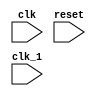

//----------------------------------------------------------------------------------------
module lc_3b_processor(clk,reset,clk_1);//r8
input clk,reset,clk_1;//use 128 as depth not 128
wire [15:0] IR;
wire N, Z, P;
wire   [4:0] StateID;
wire   Mux1;
wire   [1:0] Mux2;
wire   [2:0] Mux3;
wire   [1:0] Mux4;
wire   [1:0] Mux5;
wire   [1:0] Mux6;
wire   [1:0] Mux7;
wire   Mux11;
wire   wrf;
wire   wpc;
wire   wir;
wire   lccr;
wire   [1:0] aluop;
wire   [1:0] alushop;
wire   wmem;
 wire wa,wb, lalu;
wire [15:0]ALUreg_wire,ALU_out_wire;
wire [15:0]A_out_wire,B_out_wire,PC_out_wire;
wire[15:0]outir;
datapath d1(.reset(reset),.clk(clk),.IR(IR),.N(N), .P(P), .Z(Z), .Mux1(Mux1), .Mux2(Mux2), .Mux3(Mux3), .Mux4(Mux4),
 .Mux5(Mux5), .Mux6(Mux6), .Mux7(Mux7), .Mux11(Mux11), .wrf(wrf), .wpc(wpc), .wir(wir), .lccr(lccr), .aluop(aluop),
 .alushop(alushop), .wmem(wmem), .ALUreg_wire(ALUreg_wire), .A_out_wire(A_out_wire), .B_out_wire(B_out_wire), 
 .PC_out_wire(PC_out_wire), .ALU_out_wire(ALU_out_wire),.wa(wa),.wb(wb), .lalu(lalu),.outir(outir));
 
controller c1(.reset(reset),.clk(clk), .IR(IR), .N(N), .Z(Z), .P(P), .StateID(StateID), .Mux1(Mux1), .Mux2(Mux2), .Mux3(Mux3),
 .Mux4(Mux4), .Mux5(Mux5), .Mux6(Mux6), .Mux7(Mux7), .Mux11(Mux11), .wrf(wrf), .wpc(wpc), .wir(wir), 
 .lccr(lccr), .aluop(aluop), .alushop(alushop), .wmem(wmem),.wa(wa),.wb(wb), .lalu(lalu));

 endmodule
 
 
 
 
 
 
 
 
module controller(reset,clk, IR, N, Z, P, StateID, Mux1, Mux2, Mux3, Mux4, Mux5, Mux6, Mux7, Mux11, wrf, wpc, wir,wa,wb, lccr, aluop, alushop, wmem, nextStateID, lalu);	// Implements the designed controller for LC-3b.
input [15:0] IR;
input clk, N, Z, P,reset;
output reg [4:0] StateID;
output reg Mux1;
output reg [1:0] Mux2;
output reg [2:0] Mux3;
output reg [1:0] Mux4;
output reg [1:0] Mux5;
output reg [1:0] Mux6;
output reg [1:0] Mux7;
output reg Mux11;
output reg wrf;
output reg wpc;
output reg wir;
output reg wa;
output reg wb;
output reg lalu;
output reg lccr;
output reg [1:0] aluop;
output reg [1:0] alushop;
output reg wmem;
output reg [4:0] nextStateID;
always@(*) begin


case(StateID)
1: begin
Mux1 = 1'b1;
Mux2 = 2'b11;
Mux3 = 3'b111;
Mux4 = 2'b01;
Mux5 = 2'b01;
Mux6 = 2'b10;
Mux7 = 2'b10;
Mux11 = 1'b1;

wrf = 1'b1;
wpc = ~|IR;
wir = 1'b0;
lccr = 1'b1;
aluop = 2'b00;
alushop = 2'b11;
wmem = 1'b1;
wa = 1'b1;
wb = 1'b1;
lalu = 1'b1;
end
2: begin
Mux1 = 1'b1;
Mux2 = 2'b11;
Mux3 = 3'b111;
Mux4 = 2'b11;
Mux5 = 2'b11;
Mux6 = 2'b11;
Mux7 = 2'b11;
Mux11 = 1'b1;

wrf = 1'b1;
wpc = 1'b1;
wir = 1'b1;
lccr = 1'b1;
aluop = 2'b11;
alushop = 2'b11;
wmem = 1'b1;
wa = 1'b0;
wb = 1'b0;
lalu = 1'b1;
end
3: begin
Mux1 = 1'b1;
Mux2 = 2'b11;
Mux3 = 3'b111;
Mux4 = 2'b00;
Mux5 = 2'b00;
Mux6 = 2'b11;
Mux7 = 2'b11;
Mux11 = 1'b1;
 
wrf = 1'b1;
wpc = 1'b1;
wir = 1'b1;
lccr = 1'b0;
aluop = {IR[15], IR[14]};
alushop = {IR[5], IR[4]};
wmem = 1'b1;
wa = 1'b1;
wb = 1'b1;
lalu = 1'b0;
end
4: begin
Mux1 = 1'b1;
Mux2 = 2'b01;
Mux3 = 3'b111;
Mux4 = 2'b11;
Mux5 = 2'b11;
Mux6 = 2'b11;
Mux7 = 2'b11;
Mux11 = 1'b0;
 
wrf = 1'b0;
wpc = 1'b1;
wir = 1'b1;
lccr = 1'b1;
aluop = 2'b11;
alushop = 2'b11;
wmem = 1'b1;
wa = 1'b1;
wb = 1'b1;
lalu = 1'b1;
end
5: begin
Mux1 = 1'b1;
Mux2 = 2'b11;
Mux3 = 3'b010;
Mux4 = 2'b01;
Mux5 = 2'b11;
Mux6 = 2'b00;
Mux7 = 2'b11;
Mux11 = 1'b1;
 
wrf = 1'b1;
wpc = 1'b0;
wir = 1'b1;
lccr = 1'b1;
aluop = 2'b00;
alushop = 2'b11;
wmem = 1'b1;
wa = 1'b1;
wb = 1'b1;
lalu = 1'b1;
end
6: begin
Mux1 = 1'b1;
Mux2 = 2'b11;
Mux3 = 3'b111;
Mux4 = 2'b11;
Mux5 = 2'b11;
Mux6 = 2'b11;
Mux7 = 2'b11;
Mux11 = 1'b1;
 
wrf = 1'b1;
wpc = 1'b0;
wir = 1'b1;
lccr = 1'b1;
aluop = 2'b11;
alushop = 2'b11;
wmem = 1'b1;
wa = 1'b1;
wb = 1'b1;
lalu = 1'b1;
end
7: begin
Mux1 = 1'b1;
Mux2 = 2'b10;
Mux3 = 3'b111;
Mux4 = 2'b11;
Mux5 = 2'b11;
Mux6 = 2'b11;
Mux7 = 2'b11;
Mux11 = 1'b1;
 
wrf = 1'b0;
wpc = 1'b1;
wir = 1'b1;
lccr = 1'b1;
aluop = 2'b11;
alushop = 2'b11;
wmem = 1'b1;
wa = 1'b1;
wb = 1'b1;
lalu = 1'b1;
end
8: begin
Mux1 = 1'b1;
Mux2 = 2'b11;
Mux3 = 3'b000;
Mux4 = 2'b01;
Mux5 = 2'b11;
Mux6 = 2'b01;
Mux7 = 2'b11;
Mux11 = 1'b1;
 
wrf = 1'b1;
wpc = 1'b0;
wir = 1'b1;
lccr = 1'b1;
aluop = 2'b00;
alushop = 2'b11;
wmem = 1'b1;
wa = 1'b1;
wb = 1'b1;
lalu = 1'b1;
end
9: begin
Mux1 = 1'b1;
Mux2 = 2'b11;
Mux3 = 3'b100;
Mux4 = 2'b00;
Mux5 = 2'b11;
Mux6 = 2'b11;
Mux7 = 2'b11;
Mux11 = 1'b1;
 
wrf = 1'b1;
wpc = 1'b1;
wir = 1'b1;
lccr = 1'b1;
aluop = 2'b00;
alushop = 2'b11;
wmem = 1'b1;
wa = 1'b1;
wb = 1'b1;
lalu = 1'b0;
end
10: begin
Mux1 = 1'b0;
Mux2 = 2'b11;
Mux3 = 3'b111;
Mux4 = 2'b11;
Mux5 = 2'b11;
Mux6 = 2'b11;
Mux7 = 2'b11;
Mux11 = 1'b1;

wrf = 1'b1;
wpc = 1'b1;
wir = 1'b1;
lccr = 1'b1;
aluop = 2'b11;
alushop = 2'b11;
wmem = 1'b1;
wa = 1'b0;
wb = 1'b1;
lalu = 1'b1;
end
11: begin
Mux1 = 1'b1;
Mux2 = 2'b11;
Mux3 = 3'b111;
Mux4 = 2'b11;
Mux5 = 2'b11;
Mux6 = 2'b11;
Mux7 = 2'b01;	
Mux11 = 1'b1;
 
wrf = 1'b1;
wpc = 1'b1;
wir = 1'b1;
lccr = 1'b1;
aluop = 2'b11;
alushop = 2'b11;
wmem = 1'b0;
wa = 1'b1;
wb = 1'b1;
lalu = 1'b1;
end
12:begin
Mux1 = 1'b1;
Mux2 = 2'b11;
Mux3 = 3'b001;
Mux4 = 2'b00;
Mux5 = 2'b11;
Mux6 = 2'b11;
Mux7 = 2'b11;
Mux11 = 1'b1;
 
wrf = 1'b1;
wpc = 1'b1;
wir = 1'b1;
lccr = 1'b1;
aluop = 2'b00;
alushop = 2'b11;
wmem = 1'b1;
wa = 1'b1;
wb = 1'b1;
lalu = 1'b0;
end

13:begin
Mux1 = 1'b1;
Mux2 = 2'b11;
Mux3 = 3'b111;
Mux4 = 2'b11;
Mux5 = 2'b11;
Mux6 = 2'b11;
Mux7 = 2'b01;
Mux11 = 1'b1;
 
wrf = 1'b1;
wpc = 1'b1;
wir = 1'b1;
lccr = 1'b1;
aluop = 2'b11;
alushop = 2'b11;
wmem = 1'b1;
wa = 1'b1;
wb = 1'b1;
lalu = 1'b1;
end
14:begin
Mux1 = 1'b1;
Mux2 = 2'b00;
Mux3 = 3'b111;
Mux4 = 2'b10;
Mux5 = 2'b10;
Mux6 = 2'b11;
Mux7 = 2'b01;
Mux11 = 1'b0;
 
wrf = 1'b0;
wpc = 1'b1;
wir = 1'b1;
lccr = 1'b0;
aluop = 2'b00;
alushop = 2'b11;
wmem = 1'b1;
wa = 1'b1;
wb = 1'b1;
lalu = 1'b1;
end
15:begin
Mux1 = 1'b1;
Mux2 = 2'b11;
Mux3 = 3'b010;
Mux4 = 2'b01;
Mux5 = 2'b11;//three not dc
Mux6 = 2'b11;
Mux7 = 2'b11;
Mux11 = 1'b1;
 
wrf = 1'b1;
wpc = 1'b1;
wir = 1'b1;
lccr = 1'b0;
aluop = 2'b00;
alushop = 2'b11;
wmem = 1'b1;
wa = 1'b1;
wb = 1'b1;
lalu = 1'b0;
end
16:begin
Mux1 = 1'b1;
Mux2 = 2'b01;
Mux3 = 3'b111;
Mux4 = 2'b11;
Mux5 = 2'b11;
Mux6 = 2'b11;
Mux7 = 2'b11;
Mux11 = 1'b0;
 
wrf = 1'b0;
wpc = 1'b1;
wir = 1'b1;
lccr = 1'b1;
aluop = 2'b11;
alushop = 2'b11;
wmem = 1'b1;
wa = 1'b1;
wb = 1'b1;
lalu = 1'b1;
end

default: begin
Mux1 = 1'b0;
Mux2 = 2'b00;
Mux3 = 3'b000;
Mux4 = 2'b00;
Mux5 = 2'b00;
Mux6 = 2'b00;
Mux7 = 2'b00;
Mux11 = 1'b0;
 
wrf = 1'b1;
wpc = 1'b1;
wir = 1'b1;
lccr = 1'b1;
aluop = 2'b00;
alushop = 2'b00;
wmem = 1'b1;
wa = 1'b1;
wb = 1'b1;
lalu = 1'b1;
end
endcase
end

always@(posedge clk) begin
	if(reset ==0)
		StateID = 0;
	else
	StateID = nextStateID;
end

always@(*) begin

	if(reset == 1) begin

	case(StateID)
		0: nextStateID=1;
		1: begin
			if(IR ==0)
				nextStateID=1;
			else
			case(IR[15:12])
				0: nextStateID=5;//
				4: nextStateID=7;//
				14: nextStateID=15;//
				default: nextStateID=2;
			endcase
			
		end
		2: begin
			case(IR[15:12])
				7: nextStateID=12;
				6: nextStateID=12;
				3: nextStateID=9;
				2: nextStateID=9;
				12: nextStateID=6;
				4: nextStateID=8;
				default: nextStateID=3;
			endcase
		end
		3: nextStateID=4;
		4: nextStateID=1;
		5: nextStateID=1;
		6: nextStateID=1;
		7: nextStateID=2;
		8: nextStateID=1;
		9: begin
			case(IR[15:12])
				
				3: nextStateID=10;
				2: nextStateID=13;
				
				default: nextStateID=10;
			endcase
		end
		
		10: nextStateID=11;
		11: nextStateID=1;
		12: begin
				case(IR[15:12])
				7: nextStateID=10;
				6: nextStateID=13;
				default: nextStateID=10;
			endcase
		end
		13: nextStateID=14;
		14: nextStateID=1;
		15: nextStateID=16;
		
		16: nextStateID=1;
		default: nextStateID=1;
	endcase
end
else 
nextStateID = 1;
end
	
endmodule




module datapath(reset,clk,IR,N,P,Z,Mux1,Mux2,Mux3,Mux4,Mux5,Mux6,Mux7,Mux11,wrf, wpc, wir, wa,wb,lccr, aluop, alushop, wmem
,ALUreg_wire,A_out_wire,B_out_wire,PC_out_wire,ALU_out_wire, mem_out_wire, mdr_wire, lalu,outir);
input clk,reset;
output [15:0]IR;
input Mux1,Mux11;
input [1:0] Mux2,Mux4,Mux5,Mux6,Mux7;
input [2:0]Mux3;
output N,P,Z;
input wrf, wpc, wir, lccr, wmem,wa,wb, lalu;
input[1:0] aluop, alushop;
output [15:0]ALUreg_wire,A_out_wire,B_out_wire,PC_out_wire,ALU_out_wire;//
wire [15:0] A_out_wire,ALUreg_wire,PC_out_wire,mem_address_wire;
wire[15:0] mux6_in_1_wire,mux6_in_0_wire;
output wire[15:0] mem_out_wire, mdr_wire,outir;
mux16x2 m7(.data0(A_out_wire),.data1(ALUreg_wire),.data2(PC_out_wire),.data3(PC_out_wire),.selectinput(Mux7),.out(mem_address_wire));//data3 is never slelcted(just done this to prevent latch formation

mem16 memory(.outir(outir),.address(mem_address_wire), .write(wmem),.clk(clk), .in(A_out_wire),.out(mem_out_wire),.ir14(IR[14]), .reset(reset));

latch16 inst_reg(.in(outir),.out(IR),.write(wir));
latch16 mdr(.in(mem_out_wire),.out(mdr_wire),.write(1'b0));

wire [2:0] IA1_wire,WA_wire;

mux3x1 m1(.data0(IR[11:9]),.data1(IR[8:6]),.selectinput(Mux1),.out(IA1_wire));
mux3x1 m11(.data0(IR[11:9]),.data1(3'd7),.selectinput(Mux11),.out(WA_wire)); // Is this right ?
wire [15:0]reg_file_data_in_wire;
mux16x2 m2(.data0(mdr_wire),.data1(ALUreg_wire),.data2(PC_out_wire),.data3(PC_out_wire),.selectinput(Mux2),.out(reg_file_data_in_wire));
wire [15:0]data0,data1,data2,data3,data4,data5,data6,data7;
wire[15:0] A_in_wire,B_in_wire,regfile_out2_wire;
register_file rf1(.clk(clk), .out1(A_in_wire), .out2(regfile_out2_wire),
 .readAdd1(IA1_wire),.readAdd2(IR[2:0]),.write(wrf),.writeAdd(WA_wire),.in(reg_file_data_in_wire), .reset(reset),.data0(data0),.data1(data1),.data2(data2),.data3(data3),.data4(data4), .data5(data5), .data6(data6), .data7(data7));

wire[15:0] sext11_0_wire, sext8_0_wire,sext5_0_wire;

 
sext12 s11_0(.in(IR[10:0]),.out(sext11_0_wire));
sext9 s8_0(.in(IR[8:0]),.out(sext8_0_wire));
sext6 s5_0(.in(IR[5:0]),.out(sext5_0_wire));

wire[15:0] lshf11_0_wire, lshf8_0_wire,lshf5_0_wire;

lshift1 lshf11_0(.in(sext11_0_wire),.out(lshf11_0_wire));
lshift1 lshf8_0(.in(sext8_0_wire),.out(lshf8_0_wire));
lshift1 lshf5_0(.in(sext5_0_wire),.out(lshf5_0_wire));

wire [15:0] mux5_in_3_wire;
mux16x1 m8(.data0(regfile_out2_wire),.data1(sext5_0_wire),.selectinput(IR[5]),.out(B_in_wire));
mux16x3 m3(.data0(lshf11_0_wire),.data1(lshf5_0_wire),.data2(lshf8_0_wire),.data3(sext11_0_wire),.data4(sext5_0_wire),.selectinput(Mux3),.out(mux5_in_3_wire));

wire[15:0] B_out_wire;

register16 A (.clk(clk), .out(A_out_wire),.in(A_in_wire),.write(wa),.reset(reset));

register16 B (.clk(clk), .out(B_out_wire),.in(B_in_wire),.write(wb),.reset(reset));

wire[15:0] ALU_in_1_wire,ALU_in_2_wire;

mux16x2 m4(.data0(A_out_wire),.data1(PC_out_wire),.data2(mdr_wire),.data3(mdr_wire),.selectinput(Mux4),.out(ALU_in_1_wire));
mux16x2 m5 (.data0(B_out_wire),.data1(16'd2),.data2(16'd0),.data3(mux5_in_3_wire),.selectinput(Mux5),.out(ALU_in_2_wire));

wire[15:0]ALU_out_wire;
wire zero,negative,positive;
alu ALU(.in1(ALU_in_1_wire), .in2(ALU_in_2_wire),.op(aluop), .shop(alushop),.shift(IR[3:0]), .out(ALU_out_wire), .zero(zero),.positive(positive),.negative(negative));
register1b neg_reg(.clk(clk),.out(N),.in(negative),.write(lccr),.reset(reset));
register1b pos_reg(.clk(clk),.out(P),.in(positive),.write(lccr),.reset(reset));
register1b zero_reg(.clk(clk),.out(Z),.in(zero),.write(lccr),.reset(reset));

wire[15:0] PC_in_wire;

register16 PC (.clk(clk), .out(PC_out_wire),.in(PC_in_wire),.write(wpc),.reset(reset));
wire hc;
assign hc =( (IR[11]&&N)|| (IR[10]&&Z)||(IR[9]&&P));

mux16x1 m9(.data0(PC_out_wire),.data1(ALU_out_wire),.selectinput(hc),.out(mux6_in_0_wire));

register16 ALUreg(.clk(clk),.out(ALUreg_wire),.in(ALU_out_wire),.write(lalu),.reset(reset));




mux16x1 m10(.data0(A_out_wire),.data1(ALU_out_wire),.selectinput(IR[11]),.out(mux6_in_1_wire));

mux16x2 m6(.data0(mux6_in_0_wire),.data1(mux6_in_1_wire),.data2(ALU_out_wire),.data3(A_out_wire),.selectinput(Mux6),.out(PC_in_wire));
endmodule




module sext9(in,out);
input [8:0] in;
output[15:0] out;

assign out= {{7{in[8]}},in[8:0]};

endmodule

module sext12(in,out);

input [10:0] in;
output[15:0] out;

assign out= {{4{in[10]}},in[10:0]};

endmodule

module sext6(in,out);

input [5:0] in;
output[15:0] out;

assign out= {{10{in[5]}},in[5:0]};

endmodule


module register16(clk, out, in, write, reset); // Negedge-triggered flipflop register with active-low write signal and reset
output reg [15:0] out;
input [15:0] in;
input clk, write, reset;
always@(posedge clk) begin
if(reset==0) begin
out = 16'b0;
end
else if(write == 1'b0) begin
out = in;
end
end
endmodule

module register1b(clk, out, in, write, reset); // Negedge-triggered 1 bit flipflop register for with active-low write signal and reset
output reg out;
input in;
input clk, write, reset;
always@(posedge clk) begin
if(reset==0) begin
out = 1'b0;
end
else if(write == 1'b0) begin
out = in;
end
end
endmodule


module register_file(clk, out1, out2, readAdd1, readAdd2, write, writeAdd, in, reset,data0,data1,data2,data3,data4, data5, data6, data7);
output [15:0] out1, out2;
input [15:0] in;
input [2:0] readAdd1, readAdd2, writeAdd;
input write, clk, reset;
output wire [15:0] data0, data1, data2, data3, data4, data5, data6, data7;
wire [7:0] writeLinesInit, writeLines;
demux8 dem(writeAdd, writeLinesInit);
mux16x8 mux1(data0, data1, data2, data3, data4, data5, data6, data7, readAdd1, out1);
mux16x8 mux2(data0, data1, data2, data3, data4, data5, data6, data7, readAdd2, out2);
or a0(writeLines[0], write, ~writeLinesInit[0]);
or a1(writeLines[1], write, ~writeLinesInit[1]);
or a2(writeLines[2], write, ~writeLinesInit[2]);
or a3(writeLines[3], write, ~writeLinesInit[3]);
or a4(writeLines[4], write, ~writeLinesInit[4]);
or a5(writeLines[5], write, ~writeLinesInit[5]);
or a6(writeLines[6], write, ~writeLinesInit[6]);
or a7(writeLines[7], write, ~writeLinesInit[7]);
register16 r0(clk, data0, in, writeLines[0], reset);
register16 r1(clk, data1, in, writeLines[1], reset);
register16 r2(clk, data2, in, writeLines[2], reset);
register16 r3(clk, data3, in, writeLines[3], reset);
register16 r4(clk, data4, in, writeLines[4], reset);
register16 r5(clk, data5, in, writeLines[5], reset);
register16 r6(clk, data6, in, writeLines[6], reset);
register16 r7(clk, data7, in, writeLines[7], reset);
endmodule





module mux16x1(data0,data1,selectinput,out);//used in mux 1,8,9,10,11
input [15:0] data0,data1;
input selectinput;
output reg [15:0] out;



always @(*)
begin

case (selectinput)
0:
	out = data0;
1:
	out = data1;
default:
	out = data0;
endcase

end
	
endmodule


module mux3x1(data0,data1,selectinput,out);//used in mux 1,8,9,10,11
input [2:0] data0,data1;
input selectinput;
output reg [2:0] out;



always @(*)
begin

case (selectinput)
0:
	out = data0;
1:
	out = data1;
default:
	out = data0;
endcase

end
	
endmodule


module mux16x2(data0,data1,data2,data3,selectinput,out);//used in mux 2,4,5,6,7
input [15:0] data0,data1,data2,data3;
input [1:0]selectinput;
output reg [15:0] out;



always @(*)
begin

case (selectinput)
0:
	out = data0;
1:
	out = data1;
2:
	out = data2;
3:
	out = data3;
default:
	out = data0;
endcase

end
	
endmodule

module mux16x3(data0,data1,data2,data3,data4,data5,selectinput,out);//used in mux 2,4,5,6,7
input [15:0] data0,data1,data2,data3,data4,data5;
input [2:0]selectinput;
output reg [15:0] out;



always @(*)
begin

case (selectinput)
0:
	out = data0;
1:
	out = data1;
2:
	out = data2;
3:
	out = data3;
4:
	out = data4;
5:
	out = data5;
default:
	out = data0;
endcase

end
	
endmodule

module muxalu(data0, data1, data2, data3, data4, data5, op, shop, out); // 8-16bit-input mux
output reg [15:0] out;
input [15:0] data0, data1, data2, data3, data4, data5;
input [1:0] op;
input [1:0]shop;


always@(*) begin
	case(op)
		0: out = data0;
		1: out = data1;
		2: out = data2;
		default:
			case(shop)
				0: out = data3;
				1: out = data4;
				3: out = data5;
				default: out = data5;
			endcase
	endcase
end

endmodule

module mux16x8(data0, data1, data2, data3, data4, data5, data6, data7, selectInput, out); // 8-16bit-input mux
output reg [15:0] out;
input [15:0] data0, data1, data2, data3, data4, data5, data6, data7;
input [2:0] selectInput;
always@(data0 or data1 or data2 or data3 or data4 or data5 or data6 or data7 or selectInput) begin
case(selectInput)
0: out = data0;
1: out = data1;
2: out = data2;
3: out = data3;
4: out = data4;
5: out = data5;
6: out = data6;
7: out = data7;
endcase
end
endmodule


module memory1(reset,address,in,out,write,clk, testWire); // LSB
input [7:0] in;
input clk,write,reset;
input [14:0] address;
output  reg [7:0] out;
output wire [7:0] testWire;
reg [7:0] mem [0:255];
integer i;
assign testWire = mem[7];

always @(negedge clk)
begin

out = mem[address];	
if(reset== 1'b0)
begin
for(i=0;i<256;i=i+1)
mem [i] = 0;
mem[0] = 8'b00111111;
mem[1] = 8'b00000000;
mem[2] = 8'b10000001;
mem[3] = 8'b00000111;
mem[4] = 8'b00001110;
mem[5] = 8'b00010100;
mem[26]= 8'b11000000;
mem[31]= 8'b00000001;
mem[33]= 8'b00000010;
end
else
if(write ==1'b0)
begin
	mem[address] <= in;
end

end

endmodule

module memory2(reset,address,in,out,write,clk, testWire); // MSB
input [7:0] in;
input clk,write,reset;
input [14:0] address;
output  reg [7:0] out;
output wire [7:0] testWire;
reg [7:0] mem [0:255];
integer i;
assign testWire = mem[7];

always @(negedge clk)
begin

out = mem[address];	
if(reset== 1'b0)
begin
for(i=0;i<256;i=i+1)
mem [i] = 0;
mem[0] = 8'b10010010;//IR = 0x 923f -> NOT of R0, into R1 (R0 was 0)
mem[1] = 8'b01100100; //IR = 0x 6400 -> R2 = mem(0) (mem0 was 923f)
mem[2] = 8'b00010110; //IR = 0x 1681 -> R3 = R1 + R2 (ffff+923f = 923e)
mem[3] = 8'b01110111; //IR = 0x7707 ->
mem[4] = 8'b00101111; //load mem(14) into R7
mem[5] = 8'b00000010;// branch conditional on p set, to 52..
mem[26] =8'b11000001;//jump to value stored in R7 (0x3E or 62)(JMP)
mem[31] = 8'b01001000;//JSR, add 2 to incremented PC, resulting in next PC = 66 instead of 64...( 64 is stored in R7)
mem[33] = 8'b11100001;//lea = incremented pc + (-1) = 66
end
if(write ==1'b0)
begin
	mem[address] <= in;
end

end

endmodule

module mem16(reset,address, write,clk, in, out,ir14,outir);
input [15:0] in;
input [15:0] address;
input write,clk,ir14,reset;
output reg [15:0] out;
output [15:0]outir;
reg wreven,wrodd;



wire [7:0] outeven,outodd;
reg [7:0] ineven,inodd;
memory1 even(.reset(reset),.address(address[15:1]),.in(ineven),.out(outeven),.clk(clk),.write(wreven));
memory2 odd (.reset(reset),.address(address[15:1]),.in(inodd),.out(outodd),.clk(clk),.write(wrodd));



//for in signals of individual memories
always @(*)
begin
if(ir14==0)
begin
ineven<=in[7:0];
inodd<=in[7:0];
end
else 
begin
ineven<= in[7:0];
inodd<=in[15:8];
end
end
//-----------------------------------------------
assign outir[15:8]  = outodd;
assign outir[7:0] = outeven;
//for out signals of individual memories
always @(*)
begin
if(ir14 ==1'b1)
begin
out[15:8]<=outodd;
out[7:0]<=outeven;
end
else 
if(address[0]==0)
begin
out<= {{8{outeven[7]}},outeven[7:0]};
end
else 
begin
out<= {{8{outodd[7]}},outodd[7:0]};
end
end

//-------------------------------------------------

//for write signal

always @(*)
begin

if(ir14==0&&address[0]==1'b1)
begin
wreven<=1'b1;
end
	else
	begin
	wreven<=write;
	end

end

always @(*)
begin

if(ir14==0&&address[0]==1'b0)
begin
wrodd<=1'b1;
end
	else
	begin
	wrodd<=write;
	end

end

endmodule


module lshift1(in,out);
input [15:0] in;
output [15:0] out;


assign out = {in[14:0],1'b0};

endmodule


module latch16(in,out,write);
input [15:0]in;
input write;//active low wrie

output reg [15:0] out;
always @(*)
begin

if(write == 1'b0)
 out = in;
 else 
 out = out;
 
 end
 
 endmodule
 

 
 module demux8(selectInput, out); // 8-output demux
output reg [7:0] out;
input [2:0] selectInput;
always@(selectInput) begin
case(selectInput)
0: out = 8'b00000001;
1: out = 8'b00000010;
2: out = 8'b00000100;
3: out = 8'b00001000;
4: out = 8'b00010000;
5: out = 8'b00100000;
6: out = 8'b01000000;
7: out = 8'b10000000;
endcase
end
endmodule

module alu(in1, in2, op,shop,shift, out, zero, positive, negative);
output [15:0] out;
input [15:0] in1, in2;
input [1:0] op,shop;
input [3:0] shift;
output zero, positive,negative;
nor n1(zero,out[0],out[1],out[2],out[3],out[4],out[5],out[6],out[7],out[8],out[9],out[10],out[11],out[12],out[13],out[14],out[15]);
assign positive = (~out[15])&(~zero);
assign negative = out[15];
wire [15:0] outAdd, outAnd, outXor, outLshf, outRshfl, outRshfa;
muxalu m1(outAdd, outAnd, outXor, outLshf, outRshfl, outRshfa, op, shop, out);
adder16 add1(in1, in2, outAdd);
and16 and1(in1, in2, outAnd);
xor16 xor1(in1, in2, outXor);
left_shift lshf1(in1, outLshf, shift);
right_shift_logical rshfl1(in1, outRshfl, shift);
right_shift_arithmetic rshfa1(in1, outRshfa, shift);
endmodule

module adder16(in1, in2 , out);	// Implements a full 16-bit adder
input [15:0] in1, in2;
output [15:0] out;
assign out = in1 + in2;
endmodule

module and16(in1, in2, out);	// Implements bitwise AND for two 16-bit numbers
input [15:0] in1, in2;
output [15:0] out;
assign out = in1 & in2;
endmodule

module left_shift(in, out, shift);
output [15:0] out;
input [15:0] in;
input [3:0] shift;
assign out = in << shift;
endmodule


module right_shift_arithmetic(in, out, shift);
output reg [15:0] out;
input [15:0] in;
input [3:0] shift;
always @(*) begin
case(shift)
4'd0: out=in;
4'd1: out={in[15],in[15:1]};
4'd2: out={{2{in[15]}},in[15:2]};
4'd3: out={{3{in[15]}},in[15:3]};
4'd4: out={{4{in[15]}},in[15:4]};
4'd5: out={{5{in[15]}},in[15:5]};
4'd6: out={{6{in[15]}},in[15:6]};
4'd7: out={{7{in[15]}},in[15:7]};
4'd8: out={{8{in[15]}},in[15:8]};
4'd9: out={{9{in[15]}},in[15:9]};
4'd10: out={{10{in[15]}},in[15:10]};
4'd11: out={{11{in[15]}},in[15:11]};
4'd12: out={{12{in[15]}},in[15:12]};
4'd13: out={{13{in[15]}},in[15:13]};
4'd14: out={{14{in[15]}},in[15:14]};
4'd15: out={16{in[15]}};
endcase
end
endmodule

module right_shift_logical(in, out, shift);
output [15:0] out;
input [15:0] in;
input [3:0] shift;
assign out = in >> shift;
endmodule

module xor16(in1, in2, out);	// Implements bitwise XOR for two 16-bit numbers
input [15:0] in1, in2;
output [15:0] out;
assign out = in1 ^ in2;

endmodule